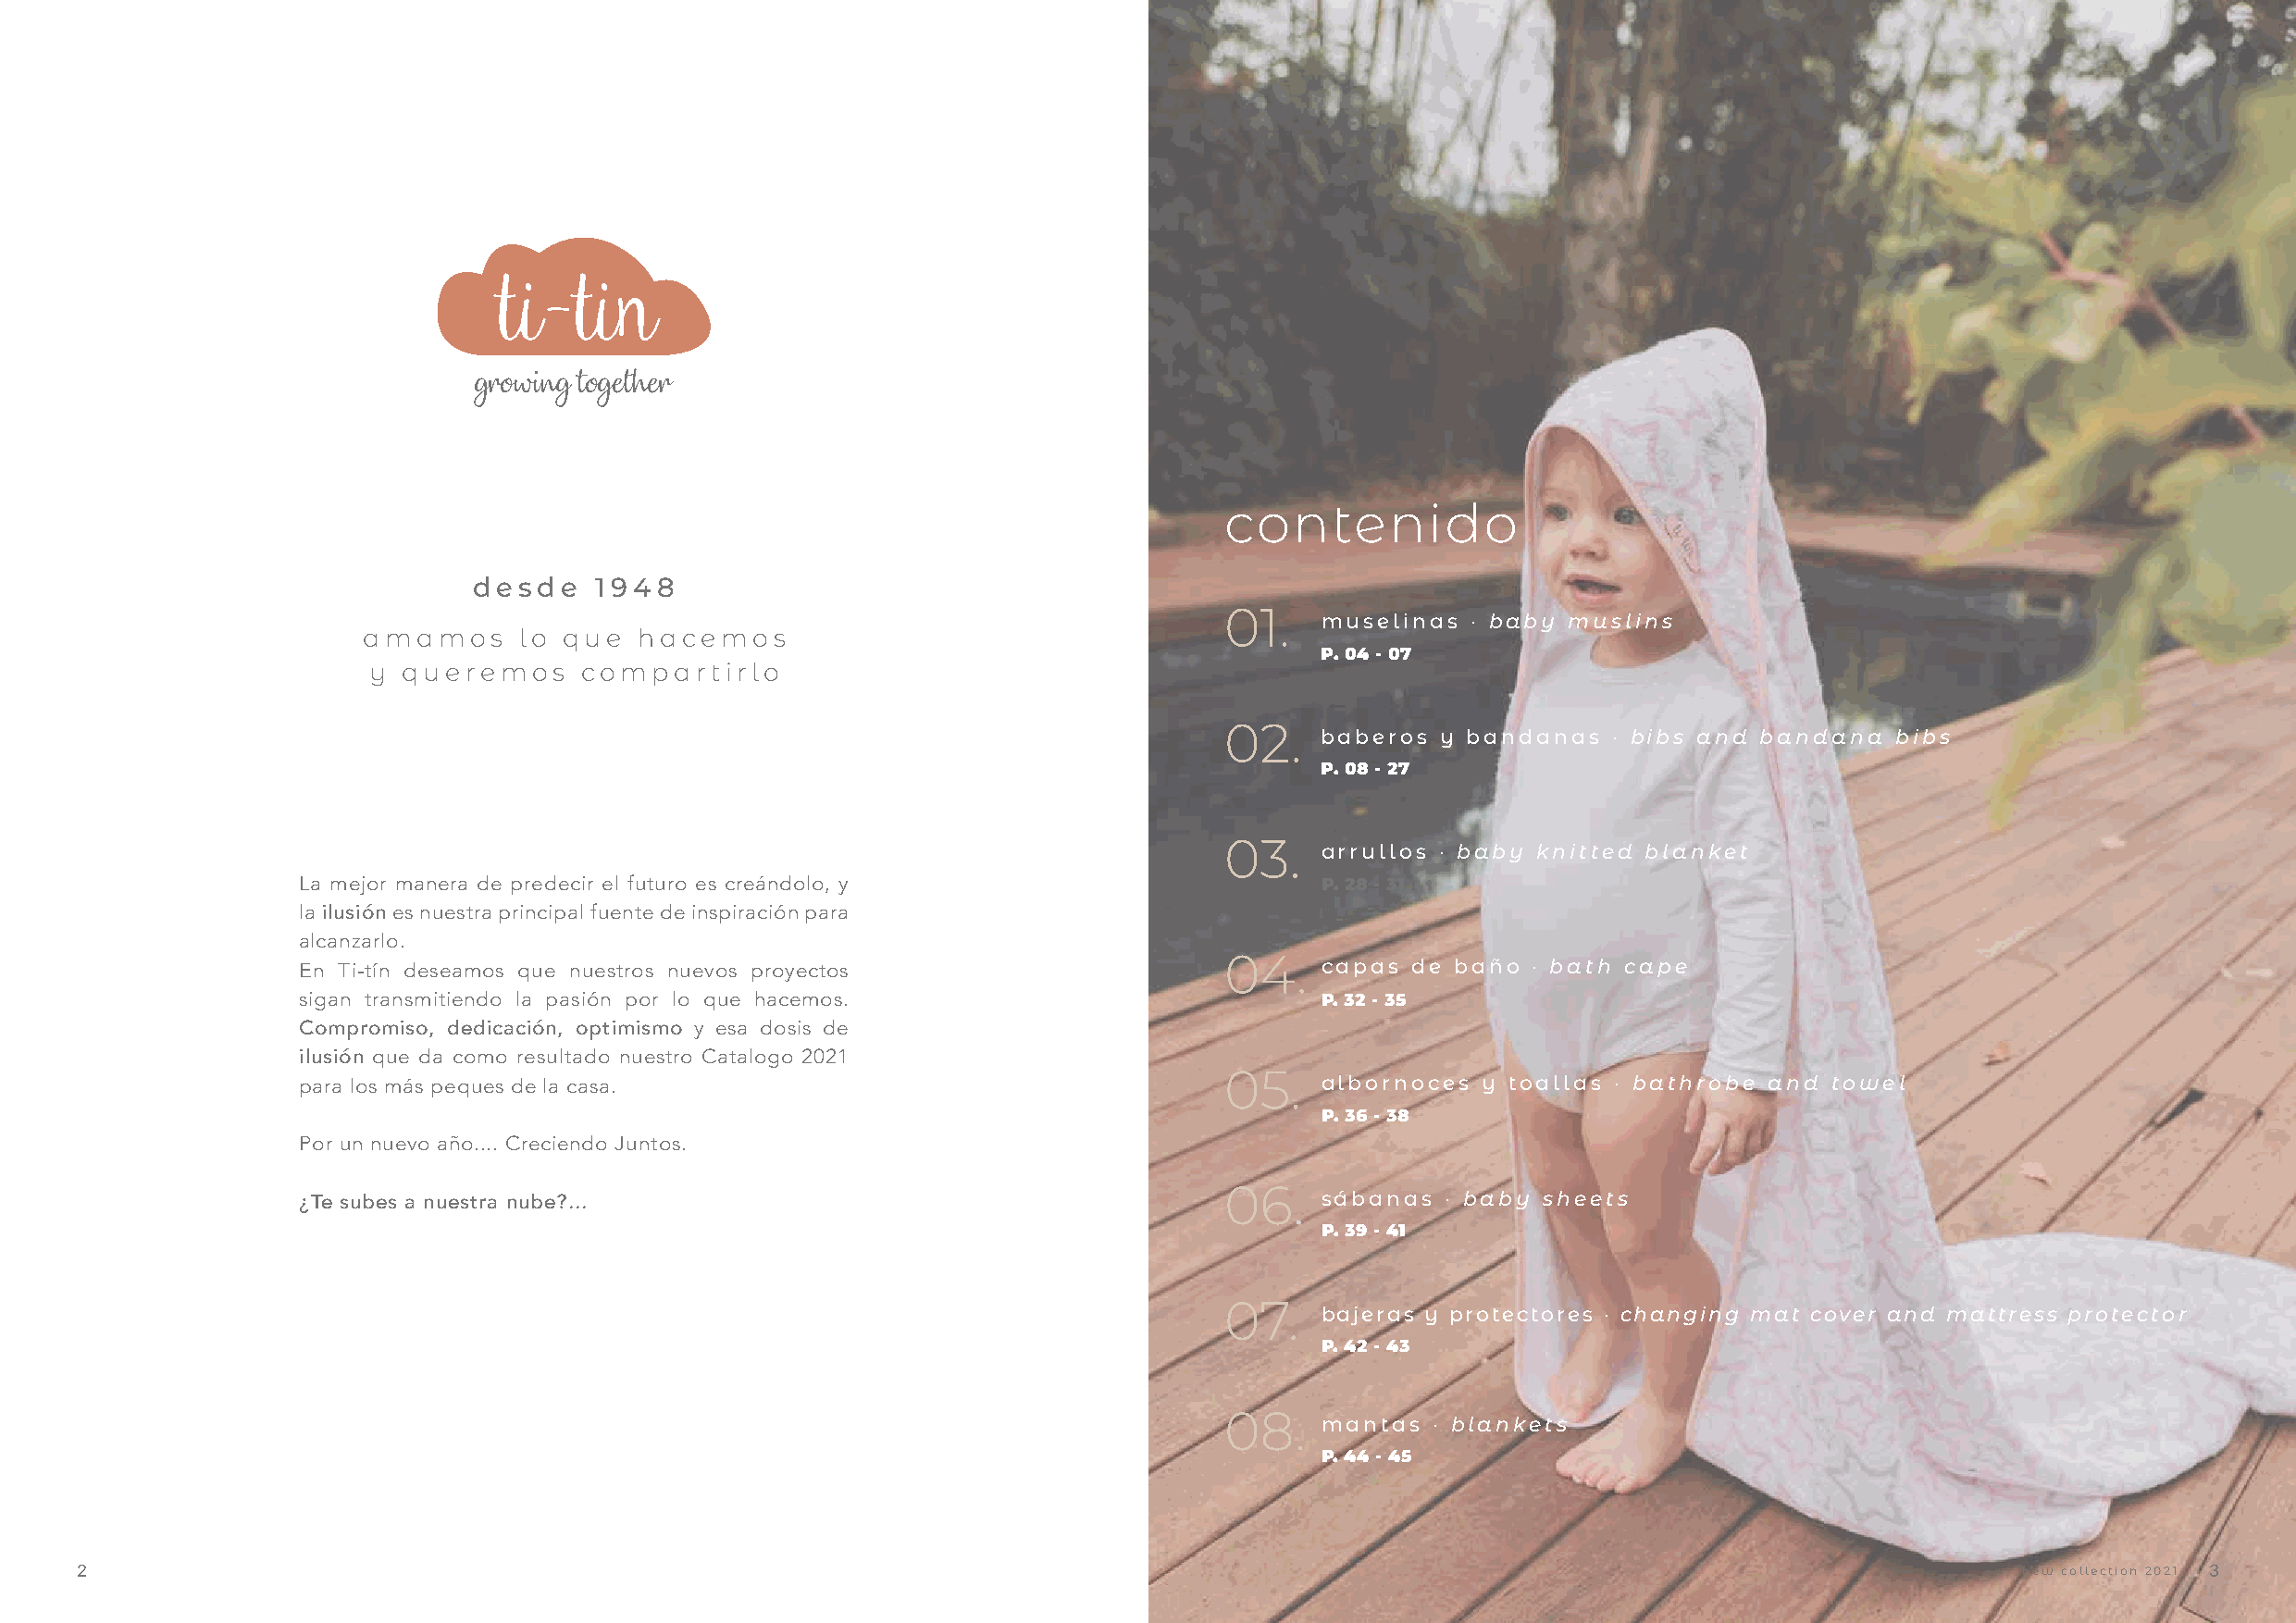
growing together
 contenido
 desde    1948
 01.
 muselinas  · baby muslins
 amamos     lo que   hacemos
 P. 04 - 07
 y  queremos     compartirlo
 02.
 baberos  y bandanas  · bibs and bandana  bibs
 P. 08 - 27
 03.   arrullos · baby knitted blanket
 La mejor manera de predecir el futuro es creándolo, y                    P. 28 - 31
 la ilusión es nuestra principal fuente de inspiración para
 alcanzarlo.
 En Ti-tín deseamos que nuestros nuevos proyectos                   04.   capas  de baño · bath cape
 sigan transmitiendo la pasión por lo que hacemos.                        P. 32 - 35
 Compromiso, dedicación, optimismo y esa dosis de
 ilusión que da como resultado nuestro Catalogo 2021
 05.
 para los más peques de la casa.                                          albornoces  y toallas · bathrobe and towel
 P. 36 - 38
 Por un nuevo año.... Creciendo Juntos.
 06.
 ¿Te subes a nuestra nube?...                                             sábanas  · baby sheets
 P. 39 - 41
 07.
 bajeras y protectores · changing mat cover and mattress protector
 P. 42 - 43
 08.
 mantas  · blankets
 P. 44 - 45
 2                                                                                                                                           new collection 2021 3